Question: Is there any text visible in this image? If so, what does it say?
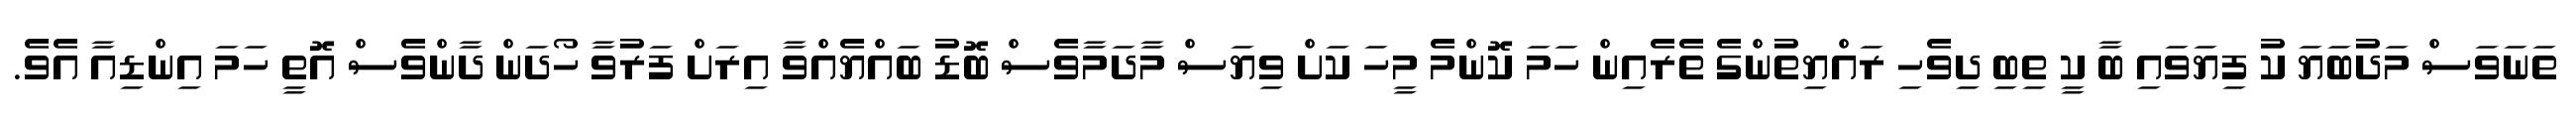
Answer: ތަނަވަސް މަދުބަޔަ ކު ފިޔަވައި ބާ ކީ ތިބި ދިވެހި ރައްޔިތުންގެ ތެރެއިން ހަމަ ކޮންމެ މީހަ ކަށް ވިޔަސް މާދަމާވެސް ބޮޑު ބައްޔެއްވާ އިރަށް ފަރުވާ ހޯދަން ދާންވެސް އޮތީ ހަމަ އިންޑިއާ އެވެ.